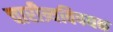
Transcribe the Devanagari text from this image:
चारीत्र्यविषयक